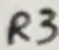
Text: R3